Indian journal of veterinary science and animal husbandry - Volume 10,
Year: 1940
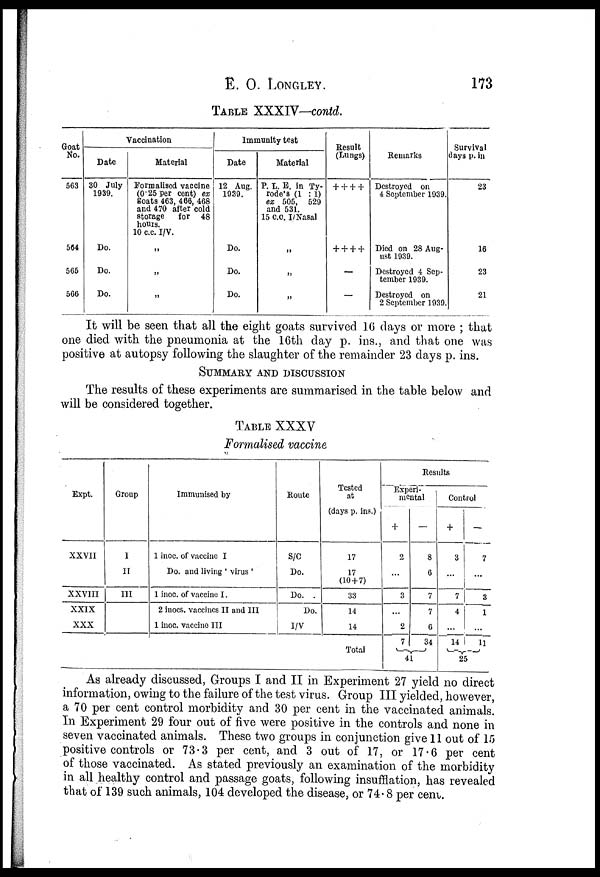
E.
O.
LONGLEY
173
TABLE XXXIV—contd.
Goat
No.
563
564
565
566
Vaccination
Date
30 July
1939.
Do.
Do.
Do.
Material
Formalised vaccine
(0.25 Per cent) ex
goats 463, 466, 468
and 470 after cold
storage
for
48
hours.
10 c.c. I/V.
„
„
„
Immunity test
Date
12 Aug.
1939.
Do.
Do.
Do.
Material
P. L. E. in Ty-
rode's (1 : l)
ex 505, 529
and 531.
15 CO. I/Nasal
„
„
„
Result
(Lungs)
+ + + +
+ + + +
—
—
Remarks
Destroyed on
4 September 1939.
Died on 28 Aug-
ust 1939.
Destroyed 4 Sep-
tember 1939.
Destroyed on
2 September 1939.
Survival
days p. in
23
16
23
21
It will be seen that all the eight goats survived 16 days or more ; that
one died with the pneumonia at the 16th day p. ins., and that one was
positive at autopsy following the slaughter of the remainder 23 days p. ins.
SUMMARY AND DISCUSSION
The results of these experiments are summarised in the table below and
will be considered together.
TABLE XXXV
Formalised vaccine
Expt.
XXVII
XXVIII
XXIX
XXX
Group
I
II
III
Immunised by
1 inoc. of vaccine I
Do. and living ' virus '
1 inoc. of vaccine I.
2 inocs. vaccines II and III
1 inoc. vaccine III
Route
S/C
Do.
Do.
Do.
I/V
Tested
at
(days p. ins.)
17
17
(10 + 7)
33
14
14
Total
Results
Experi-
mental
+
2
...
3
...
2
—
8
6
7
7
6
7 34}41
Control
+
3
...
7
4
...
—
7
...
3
1
...
14 11}25
As already discussed, Groups I and II in Experiment 27 yield no direct
information, owing to the failure of the test virus. Group III yielded, however,
a 70 per cent control morbidity and 30 per cent in the vaccinated animals.
In Experiment 29 four out of five were positive in the controls and none in
seven vaccinated animals. These two groups in conjunction give 11 out of 15
positive controls or 73.3 per cent, and 3 out of 17, or 17.6 per cent
of those vaccinated. As stated previously an examination of the morbidity
in all healthy control and passage goats, following insufflation, has revealed
that of 139 such animals, 104 developed the disease, or 74.8 per cent.